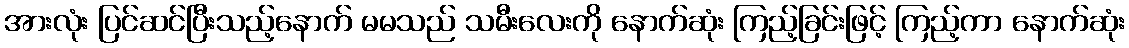
အားလုံး ပြင်ဆင်ပြီးသည့်နောက် မမသည် သမီးလေးကို နောက်ဆုံး ကြည့်ခြင်းဖြင့် ကြည့်ကာ နောက်ဆုံး